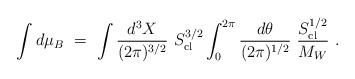
\begin{align*}\int d\mu_B \ = \ \int {d^3 X \over (2 \pi)^{3/2}} \ S_{\rm cl}^{3/2}\int_{0}^{2\pi} {d\theta \over (2 \pi)^{1/2}} \ {S_{\rm cl}^{1/2}\over M_W}\ .\end{align*}